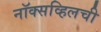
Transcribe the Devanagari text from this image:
नॉक्सव्हिलची